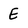
Character: E